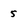
Character: 5